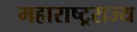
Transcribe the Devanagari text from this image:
महाराष्ट्रराज्य